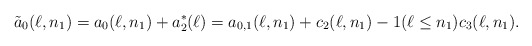
\begin{align*}\tilde{a}_0(\ell,n_1)=a_0(\ell,n_1)+a_2^\ast(\ell)=a_{0,1}(\ell,n_1)+c_2(\ell,n_1)-1(\ell\le n_1)c_3(\ell,n_1).\end{align*}